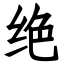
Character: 绝